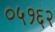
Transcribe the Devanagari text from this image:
०५१६२